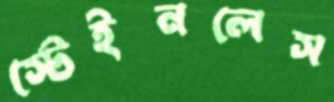
স্টেইনলেস